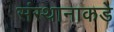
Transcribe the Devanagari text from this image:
संस्थानाकडे